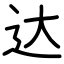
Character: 达